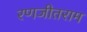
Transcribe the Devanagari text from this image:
रणजीतराम